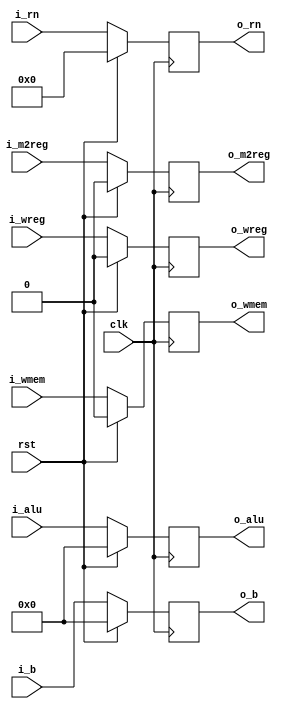
module pipeemreg(i_wreg,i_m2reg,i_wmem,i_alu,i_b,i_rn,clk,rst,o_wreg,o_m2reg,o_wmem,o_alu,o_b,o_rn);
  input wire clk, rst,i_wreg,i_m2reg,i_wmem;
  input wire [31:0] i_b,i_alu;
  input wire [4:0] i_rn;
  output reg o_wreg,o_m2reg,o_wmem;
  output reg [31:0] o_b,o_alu;
  output reg [4:0] o_rn;
  always @(posedge clk) begin
  if (rst) begin 
	o_wreg<=0;
	o_m2reg<=0;
	o_wmem<=0;
	o_alu<=0;
	o_b<=0;
	o_rn<=0;
	end
//if reset signal is given, turn to the first instruction
  else begin 
	o_wreg<=i_wreg;
	o_m2reg<=i_m2reg;
	o_wmem<=i_wmem;
	o_alu<=i_alu;
	o_b<=i_b;
	o_rn<=i_rn;
	end
//PC count change (how to change is determined by i_pc)
  end
endmodule